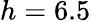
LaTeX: h=6.5